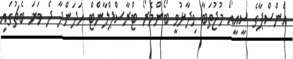
އެންސްޕާގެ ސީީއީއޯ މުޖުތަބާ ވިދާޅުވީ ބޯންމެރޯ ޓްރާސްޕްލާންޓް ހަދަންދާ ދެ ވަނަ ބެޗުގައި